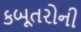
કબૂતરોની